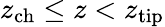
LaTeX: z_{\mathrm{ch}}\leq z<z_{\mathrm{tip}}